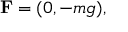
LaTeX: \mathbf { F } = ( 0 , - m g ) ,